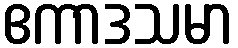
ဧကာဒသမာ